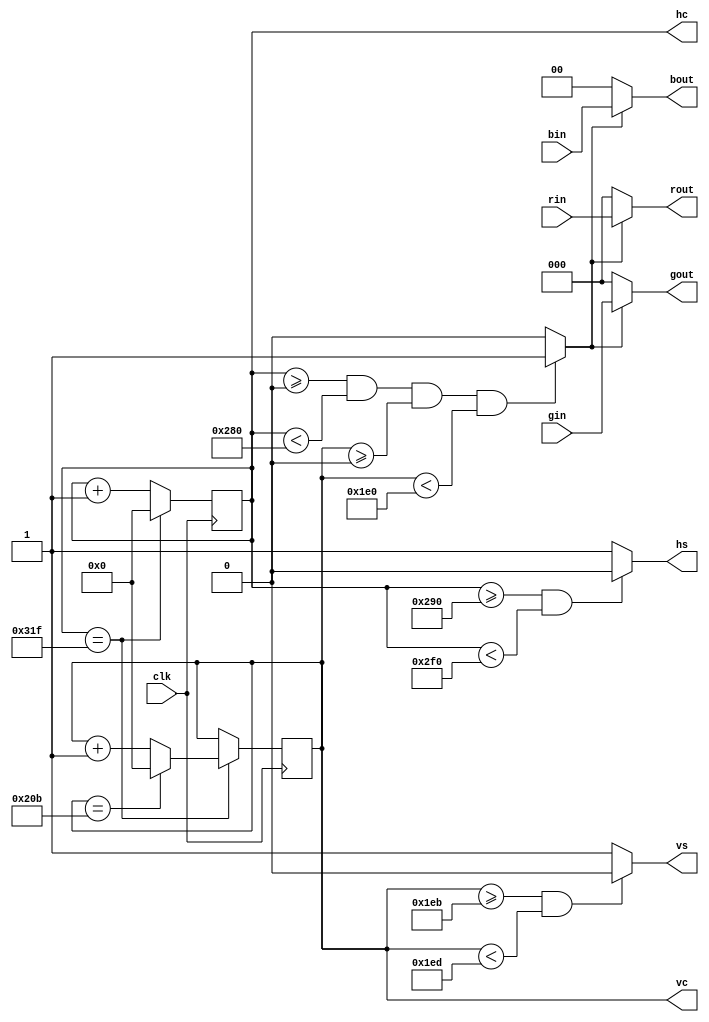
module videosyncs (
   input wire clk,

   input wire [2:0] rin,
   input wire [2:0] gin,
   input wire [1:0] bin,

   output reg [2:0] rout,
   output reg [2:0] gout,
   output reg [1:0] bout,

   output reg hs,
   output reg vs,

   output wire [10:0] hc,
   output wire [10:0] vc
   );

   /* http://www.abramovbenjamin.net/calc.html */

   // VGA 640x480@60Hz,25MHz
   parameter htotal = 800;
   parameter vtotal = 524;
   parameter hactive = 640;
   parameter vactive = 480;
   parameter hfrontporch = 16;
   parameter hsyncpulse = 96;
   parameter vfrontporch = 11;
   parameter vsyncpulse = 2;
   parameter hsyncpolarity = 0;
   parameter vsyncpolarity = 0;

   reg [10:0] hcont = 0;
   reg [10:0] vcont = 0;
   reg active_area;

    assign hc = hcont;
    assign vc = vcont;

   always @(posedge clk) begin
      if (hcont == htotal-1) begin
         hcont <= 0;
         if (vcont == vtotal-1) begin
            vcont <= 0;
         end
         else begin
            vcont <= vcont + 1;
         end
      end
      else begin
         hcont <= hcont + 1;
      end
   end

   always @* begin
      if (hcont>=0 && hcont<hactive && vcont>=0 && vcont<vactive)
         active_area = 1'b1;
      else
         active_area = 1'b0;
      if (hcont>=(hactive+hfrontporch) && hcont<(hactive+hfrontporch+hsyncpulse))
         hs = hsyncpolarity;
      else
         hs = ~hsyncpolarity;
      if (vcont>=(vactive+vfrontporch) && vcont<(vactive+vfrontporch+vsyncpulse))
         vs = vsyncpolarity;
      else
         vs = ~vsyncpolarity;
    end

   always @* begin
      if (active_area) begin
         gout = gin;
         rout = rin;
         bout = bin;
      end
      else begin
         gout = 3'h00;
         rout = 3'h00;
         bout = 2'h00;
      end
   end
endmodule